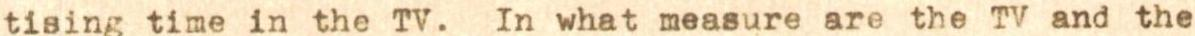
tising time in the TV. In what measure are the TV and the